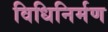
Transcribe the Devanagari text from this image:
विधिनिर्मण